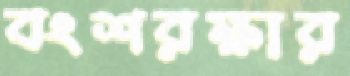
বংশরক্ষার